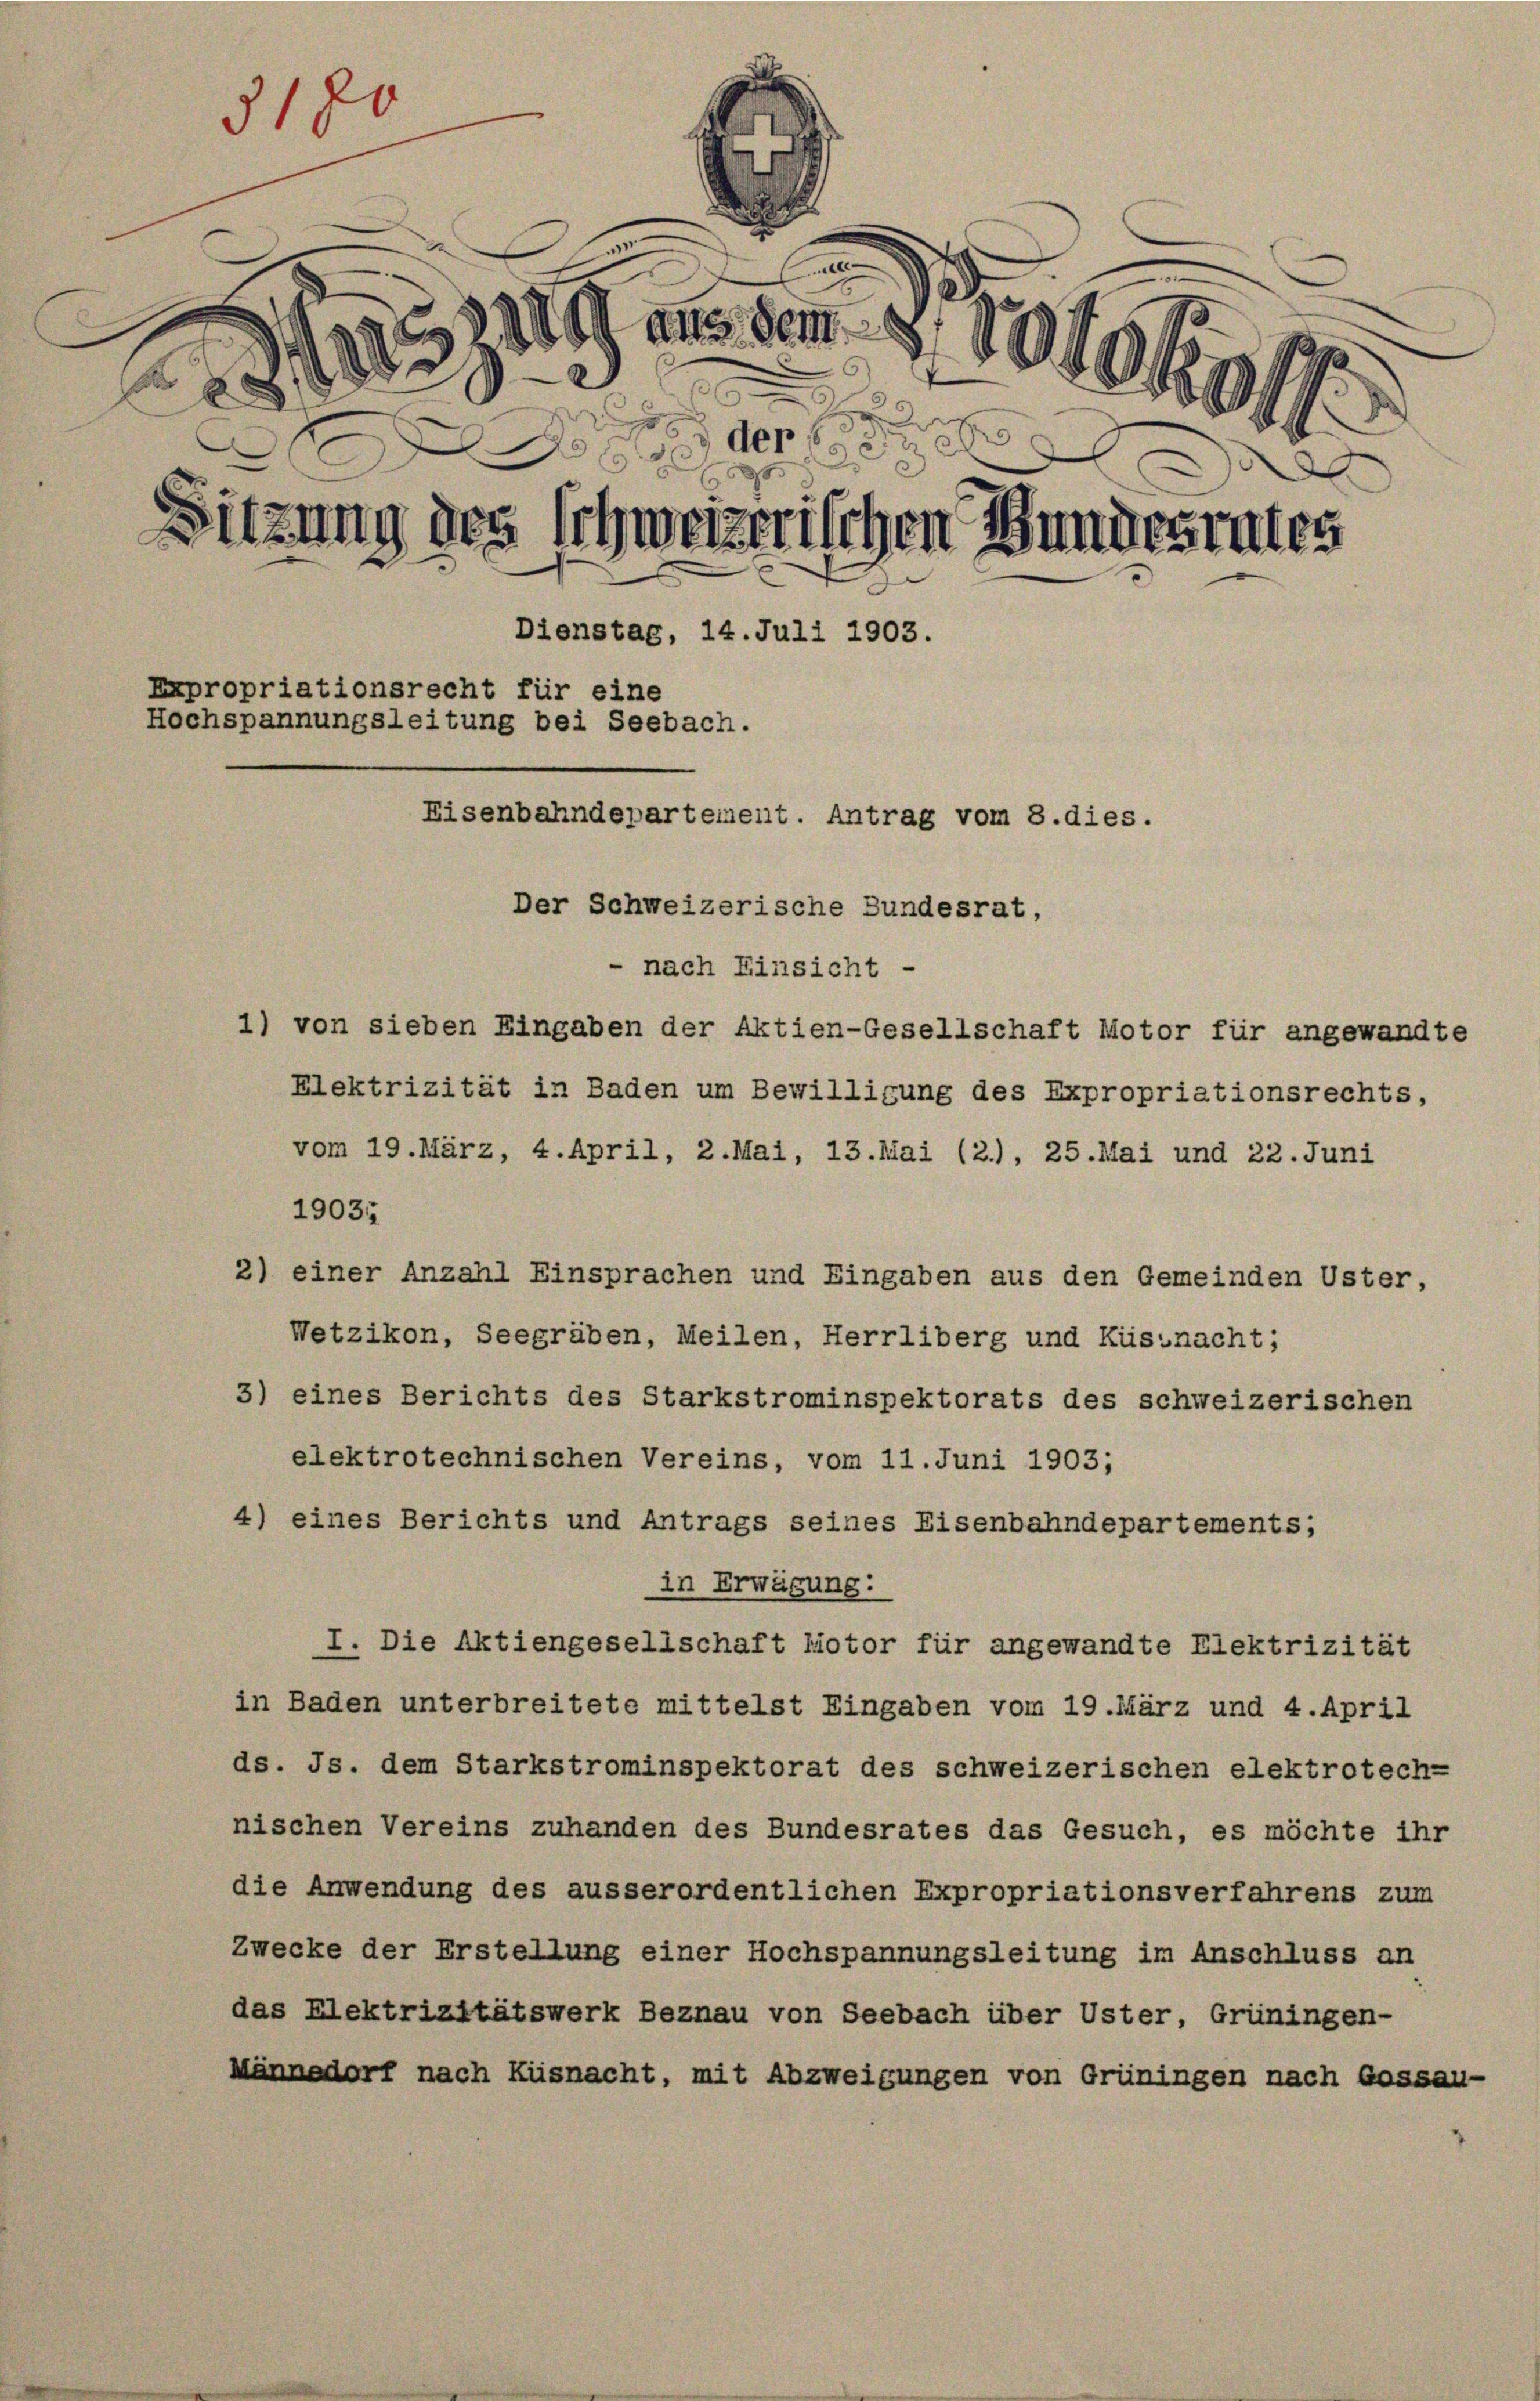
2900 an dem 8
A. Sieg
d
x
15
) der
10
095.
Sitzung des Schweizerischen Bundesrates
Dienstag, 14. Juli 1903.
Expropriationsrecht für eine
Hochspannungsleitung bei Seebach.
Eisenbahndepartement. Antrag vom 8. dies.
Der Schweizerische Bundesrat,
nach Einsicht -
1) von sieben Eingaben der Aktien-Gesellschaft Motor für angewandte

3180

Elektrizität in Baden um Bewilligung des Expropriationsrechts,

101049/

vom 19. März, 4. April, 2. Mai, 13. Mai (2.), 25. Mai und 22. Juni
1903.
2) einer Anzahl Einsprachen und Eingaben aus den Gemeinden Uster,
Wetzikon, Seegräben, Meilen, Herrliberg und Küsnacht;
3) eines Berichts des Starkstrominspektorats des schweizerischen
elektrotechnischen Vereins, vom 11. Juni 1903;
4) eines Berichts und Antrags seines Eisenbahndepartements;
in Erwägung:
I. Die Aktiengesellschaft hiotor für angewandte Elektrizität
in Baden unterbreitete mittelst Eingaben vom 19. März und 4. April
ds. Js. dem Starkstrominspektorat des schweizerischen elektrotech-
nischen Vereins zuhanden des Bundesrates das Gesuch, es möchte ihr
die Anwendung des ausserordentlichen Expropriationsverfahrens zum
Zwecke der Erstellung einer Hochspannungsleitung im Anschluss an
das Elektrizitätswerk Beznau von Seebach über Uster, Grüningen-
Männedorf nach Küsnacht, mit Abzweigungen von Grüningen nach Gossau-